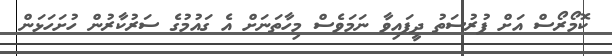
ކޮމޯރޯސް އަށް ފުރުސަތު ދީފައިވާ ނަމަވެސް މިހާތަނަށް އެ ގައުމުގެ ސަރުކާރުން ހުށަހަޅަން